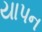
યાપન